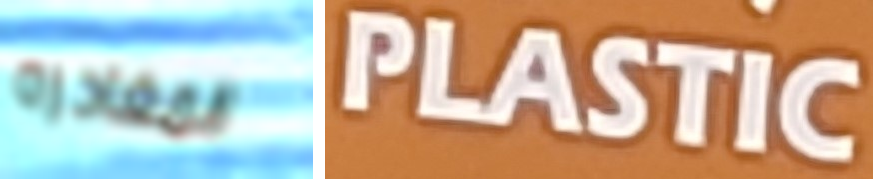
المغادره PLASTIC